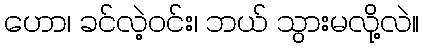
ဟော၊ ခင်လဲ့ဝင်း၊ ဘယ် သွားမလို့လဲ။